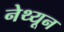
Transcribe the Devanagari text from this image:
नेथ्यून